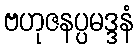
ဗဟုဇနပ္ပမဒ္ဒနံ